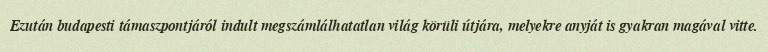
Ezután budapesti támaszpontjáról indult megszámlálhatatlan világ körüli útjára, melyekre anyját is gyakran magával vitte.